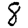
Digit: 8